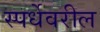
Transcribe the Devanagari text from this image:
स्पर्धेवरील